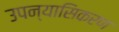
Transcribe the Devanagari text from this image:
उपन्यासिकरण